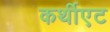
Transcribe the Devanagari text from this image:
कर्थीएट